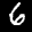
Label: 6